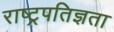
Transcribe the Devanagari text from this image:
राष्ट्रपतिज्ञता